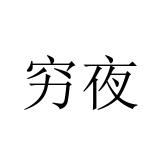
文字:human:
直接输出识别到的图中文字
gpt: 穷夜